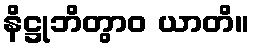
နိဋ္ဌုဘိတွာဝ ယာတိ။